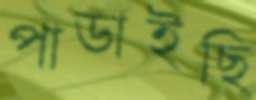
পাডাইছি